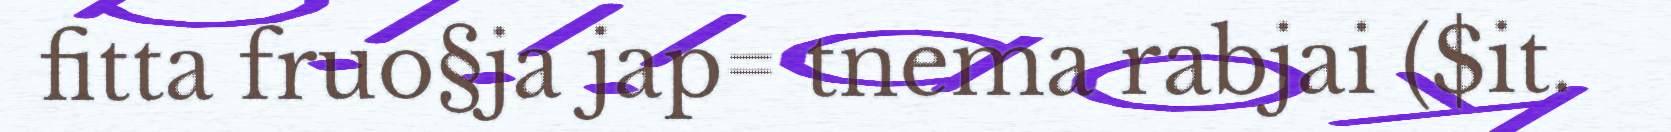
fitta fruo§ja jap= tnema rabjai ($it.